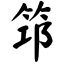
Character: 筇